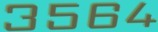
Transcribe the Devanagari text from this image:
३५६४